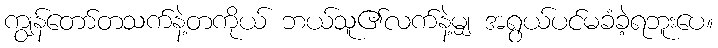
ကျွန်တော်တသက်နဲ့တကိုယ် ဘယ်သူ၏လက်နဲ့မျှ အရွယ်ပင်မခံခဲ့ရဘူးပေ။